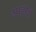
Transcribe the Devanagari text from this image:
मांडीचे